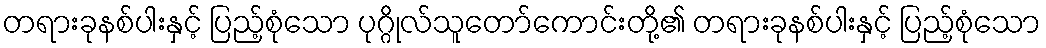
တရားခုနစ်ပါးနှင့် ပြည့်စုံသော ပုဂ္ဂိုလ်သူတော်ကောင်းတို့၏ တရားခုနစ်ပါးနှင့် ပြည့်စုံသော